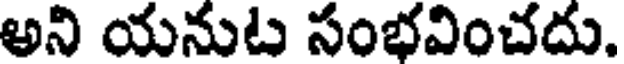
అని యనుట సంభవించదు.